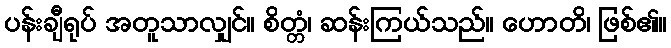
ပန်းချီရုပ် အတူသာလျှင်။ စိတ္တံ၊ ဆန်းကြယ်သည်။ ဟောတိ၊ ဖြစ်၏။